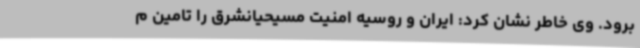
برود. وی خاطر نشان کرد: ایران و روسیه امنیت مسیحیانشرق را تامین م